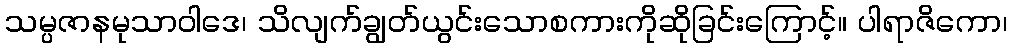
သမ္ပဇာနမုသာဝါဒေ၊ သိလျက်ချွတ်ယွင်းသောစကားကိုဆိုခြင်းကြောင့်။ ပါရာဇိကော၊